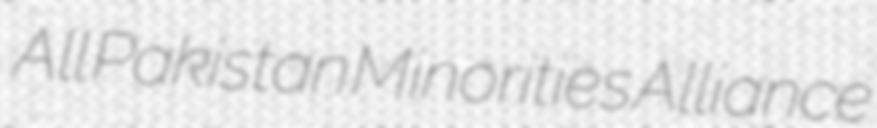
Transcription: All Pakistan Minorities Alliance